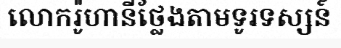
លោករ៉ូហានីថ្លែងតាមទូរទស្សន៍